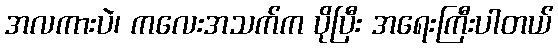
အလကားပဲ၊ ကလေးအသက်က ပိုပြီး အရေးကြီးပါတယ်